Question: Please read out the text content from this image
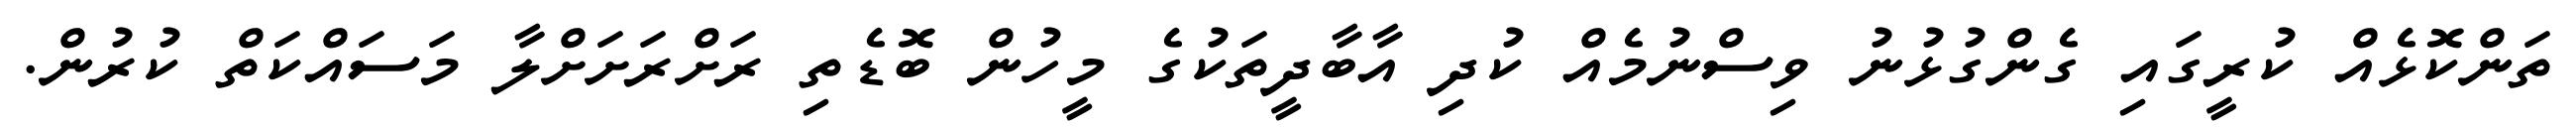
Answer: ތަންކޮޅެއް ކުރީގައި ގެންގުޅުނު ވިސްނުމެއް ކުދި އާބާދީތަކުގެ މީހުން ބޮޑެތި ރަށްރަށަށްލާ މަސައްކަތް ކުރުން.